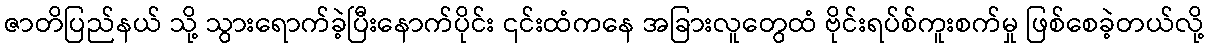
ဇာတိပြည်နယ် သို့ သွားရောက်ခဲ့ပြီးနောက်ပိုင်း ၎င်းထံကနေ အခြားလူတွေထံ ဗိုင်းရပ်စ်ကူးစက်မှု ဖြစ်စေခဲ့တယ်လို့